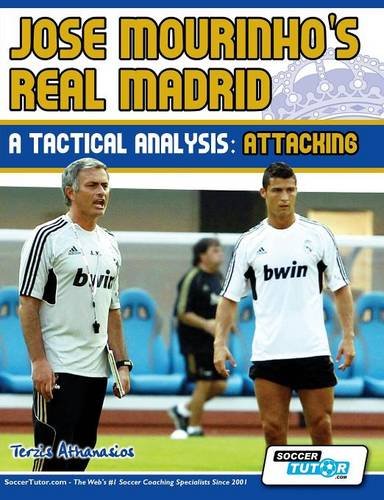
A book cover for Jose Mourinho's Real Madrid - A Tactical Analysis: Attacking; Terzis Athanasios; Sports & Outdoors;